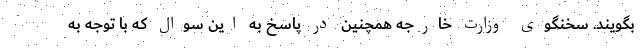
بگویند. سخنگوی وزارت خارجه همچنین در پاسخ به این سوال که با توجه به